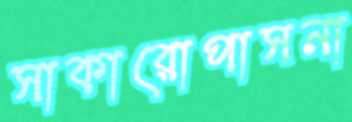
সাকারোপাসনা